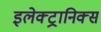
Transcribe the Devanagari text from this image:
इलेक्ट्रानिक्‍स